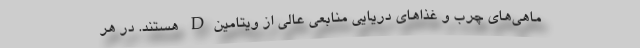
ماهی‌های چرب و غذاهای دریایی منابعی عالی از ویتامینD هستند. در هر